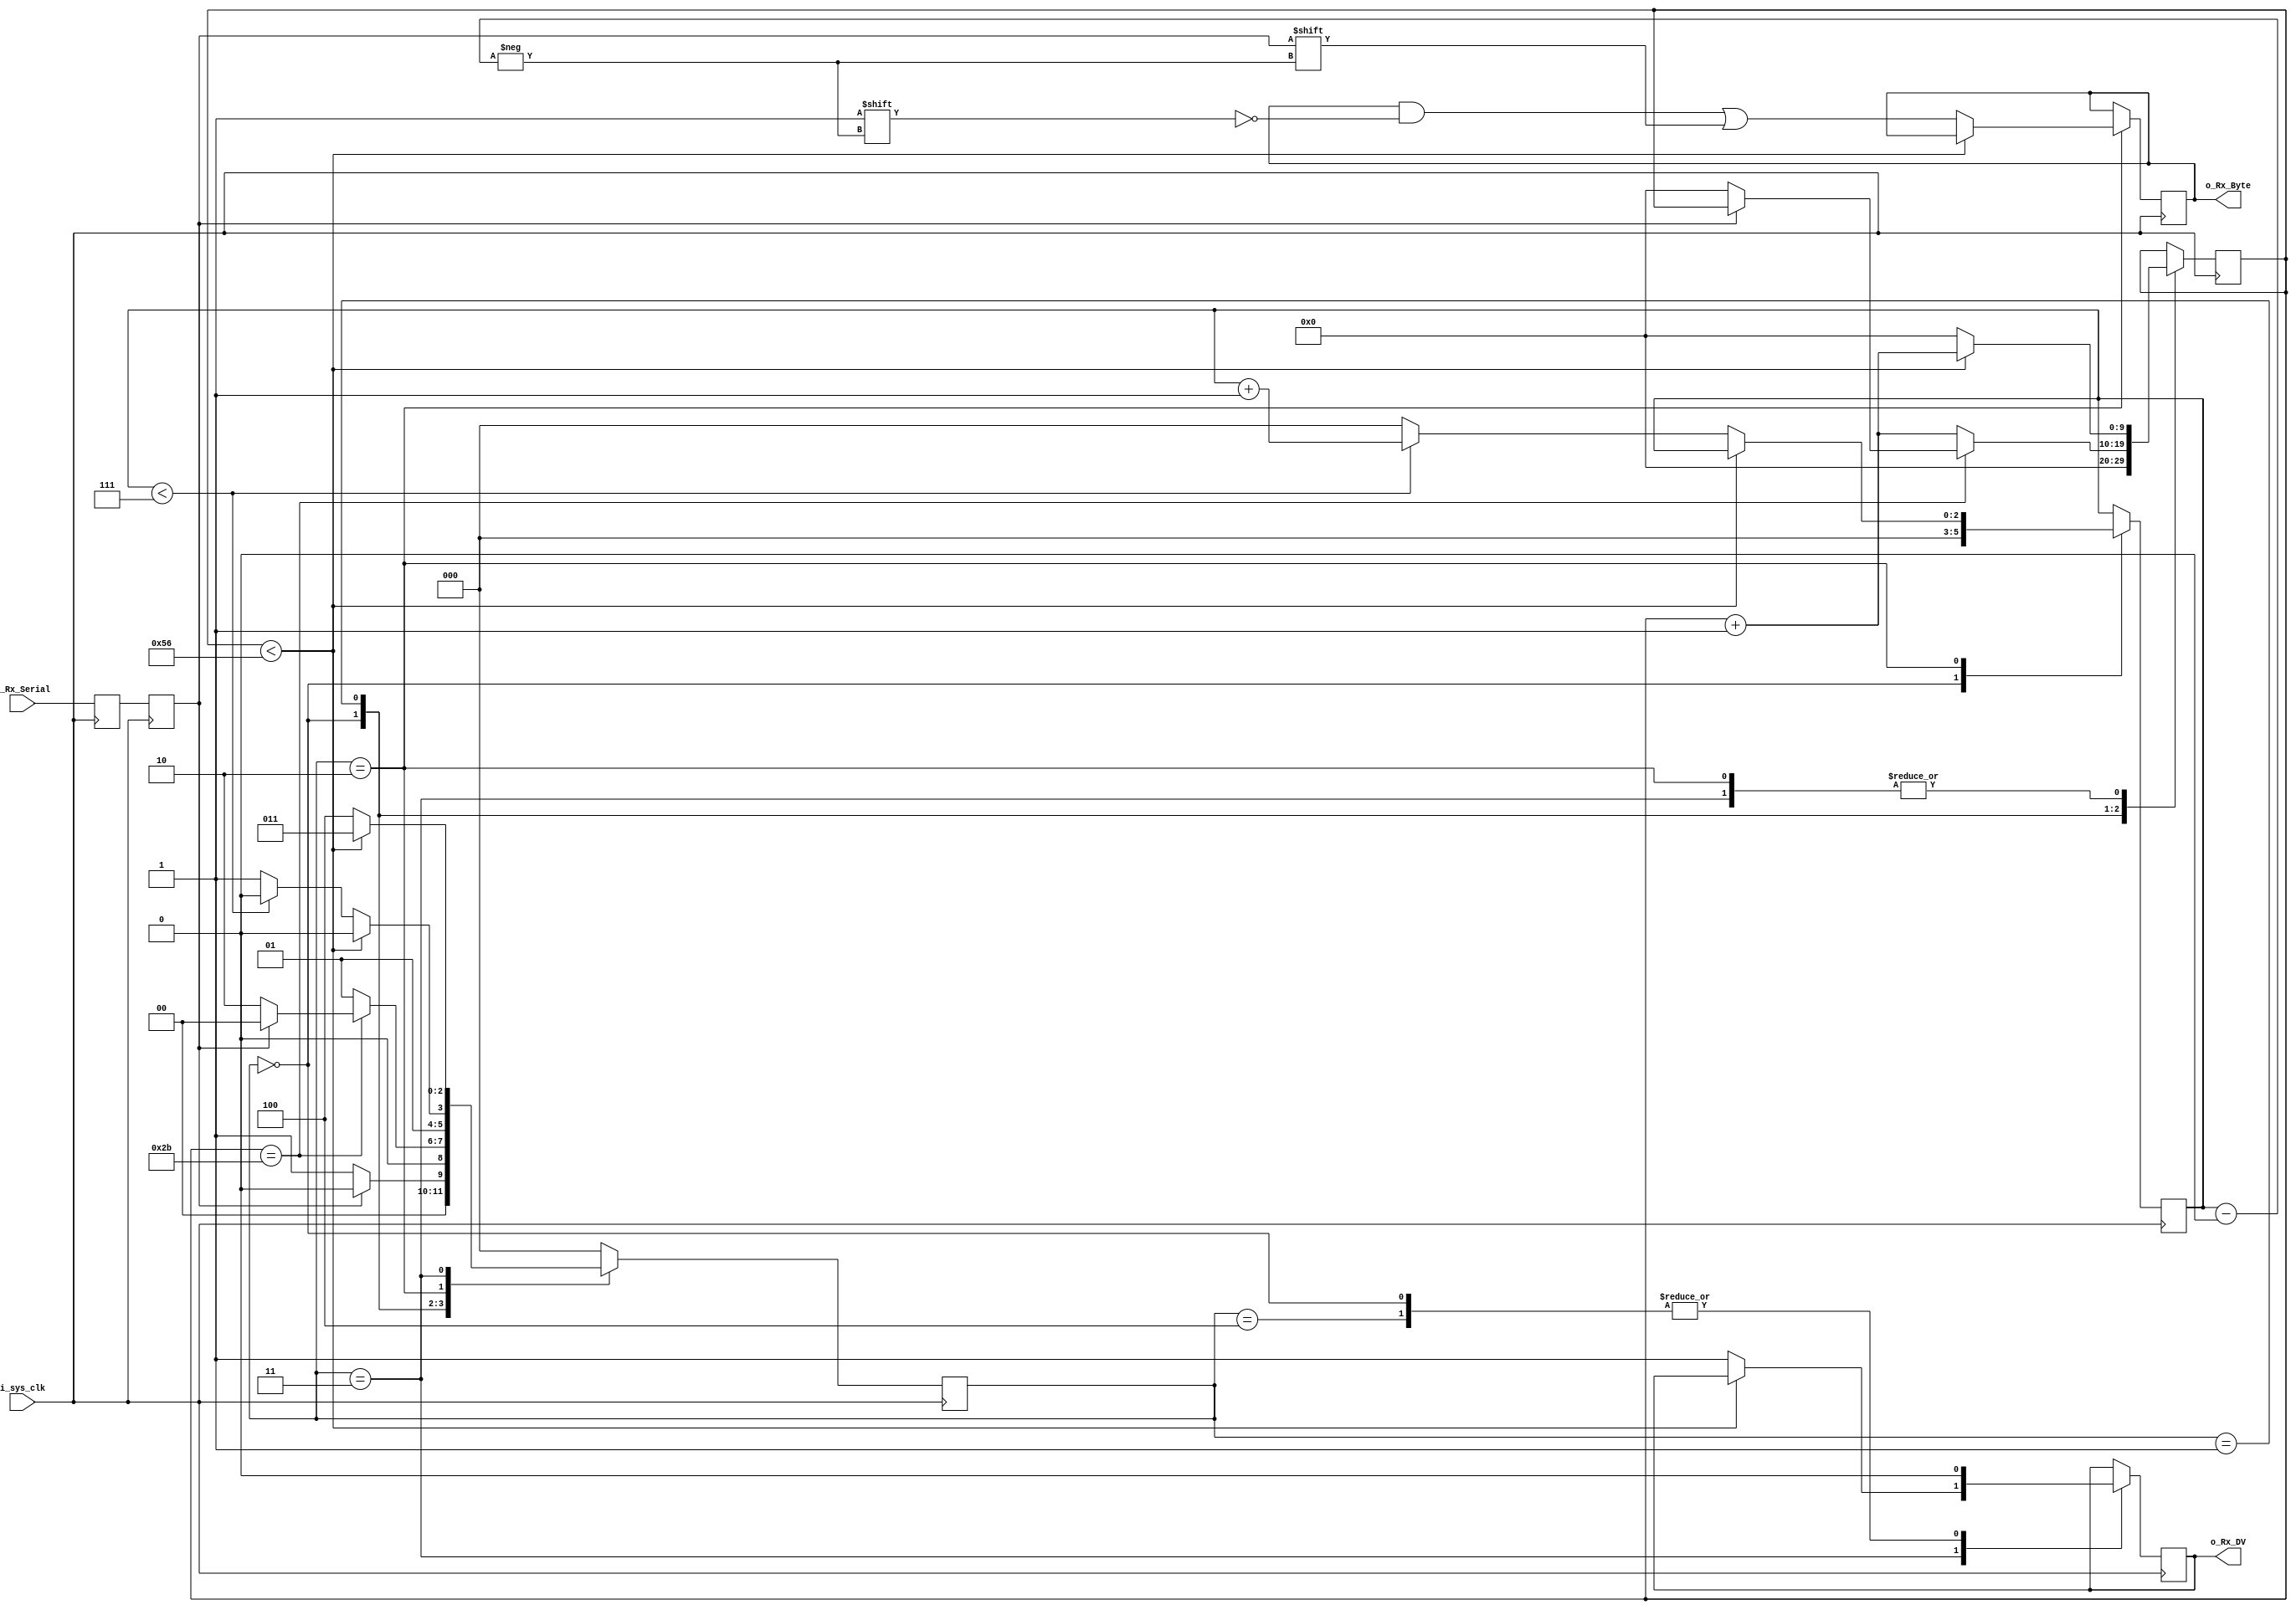
// This program was cloned from: https://github.com/lekgolo167/enxor-logic-analyzer
// License: GNU General Public License v3.0

//////////////////////////////////////////////////////////////////////
// File Downloaded from http://www.nandland.com
//////////////////////////////////////////////////////////////////////
// This file contains the UART Receiver.  This receiver is able to
// receive 8 bits of serial data, one start bit, one stop bit,
// and no parity bit.  When receive is complete o_rx_dv will be
// driven high for one clock cycle.
// 
// Set Parameter CLKS_PER_BIT as follows:
// CLKS_PER_BIT = (Frequency of i_Clock)/(Frequency of UART)
// Example: 10 MHz Clock, 115200 baud UART
// (10000000)/(115200) = 87
  
module uart_rx #(parameter CLKS_PER_BIT = 87) (
   input        i_sys_clk,
   input        i_Rx_Serial,
   output       o_Rx_DV,
   output [7:0] o_Rx_Byte
);
    
  localparam s_IDLE         = 3'b000;
  localparam s_RX_START_BIT = 3'b001;
  localparam s_RX_DATA_BITS = 3'b010;
  localparam s_RX_STOP_BIT  = 3'b011;
  localparam s_CLEANUP      = 3'b100;
   
  reg           r_Rx_Data_R = 1'b1;
  reg           r_Rx_Data   = 1'b1;
   
  reg [9:0]     r_Clock_Count = 0;
  reg [2:0]     r_Bit_Index   = 0; //8 bits total
  reg [7:0]     r_Rx_Byte     = 0;
  reg           r_Rx_DV       = 0;
  reg [2:0]     r_SM_Main     = 0;
   
  // Purpose: Double-register the incoming data.
  // This allows it to be used in the UART RX Clock Domain.
  // (It removes problems caused by metastability)
  always @(posedge i_sys_clk)
    begin
      r_Rx_Data_R <= i_Rx_Serial;
      r_Rx_Data   <= r_Rx_Data_R;
    end
   
   
  // Purpose: Control RX state machine
  always @(posedge i_sys_clk)
    begin
       
      case (r_SM_Main)
        s_IDLE :
          begin
            r_Rx_DV       <= 1'b0;
            r_Clock_Count <= 0;
            r_Bit_Index   <= 0;
             
            if (r_Rx_Data == 1'b0)          // Start bit detected
              r_SM_Main <= s_RX_START_BIT;
            else
              r_SM_Main <= s_IDLE;
          end
         
        // Check middle of start bit to make sure it's still low
        s_RX_START_BIT :
          begin
            if (r_Clock_Count == (CLKS_PER_BIT-1)/2)
              begin
                if (r_Rx_Data == 1'b0)
                  begin
                    r_Clock_Count <= 0;  // reset counter, found the middle
                    r_SM_Main     <= s_RX_DATA_BITS;
                  end
                else
                  r_SM_Main <= s_IDLE;
              end
            else
              begin
                r_Clock_Count <= r_Clock_Count + 1;
                r_SM_Main     <= s_RX_START_BIT;
              end
          end // case: s_RX_START_BIT
         
         
        // Wait CLKS_PER_BIT-1 clock cycles to sample serial data
        s_RX_DATA_BITS :
          begin
            if (r_Clock_Count < CLKS_PER_BIT-1)
              begin
                r_Clock_Count <= r_Clock_Count + 1;
                r_SM_Main     <= s_RX_DATA_BITS;
              end
            else
              begin
                r_Clock_Count          <= 0;
                r_Rx_Byte[r_Bit_Index] <= r_Rx_Data;
                 
                // Check if we have received all bits
                if (r_Bit_Index < 7)
                  begin
                    r_Bit_Index <= r_Bit_Index + 1;
                    r_SM_Main   <= s_RX_DATA_BITS;
                  end
                else
                  begin
                    r_Bit_Index <= 0;
                    r_SM_Main   <= s_RX_STOP_BIT;
                  end
              end
          end // case: s_RX_DATA_BITS
     
     
        // Receive Stop bit.  Stop bit = 1
        s_RX_STOP_BIT :
          begin
            // Wait CLKS_PER_BIT-1 clock cycles for Stop bit to finish
            if (r_Clock_Count < CLKS_PER_BIT-1)
              begin
                r_Clock_Count <= r_Clock_Count + 1;
                r_SM_Main     <= s_RX_STOP_BIT;
              end
            else
              begin
                r_Rx_DV       <= 1'b1;
                r_Clock_Count <= 0;
                r_SM_Main     <= s_CLEANUP;
              end
          end // case: s_RX_STOP_BIT
     
         
        // Stay here 1 clock
        s_CLEANUP :
          begin
            r_SM_Main <= s_IDLE;
            r_Rx_DV   <= 1'b0;
          end
         
         
        default :
          r_SM_Main <= s_IDLE;
         
      endcase
    end   
   
  assign o_Rx_DV   = r_Rx_DV;
  assign o_Rx_Byte = r_Rx_Byte;
   
endmodule // uart_rx